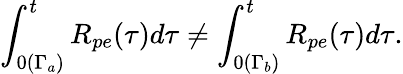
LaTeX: \int_{0(\Gamma_{a})}^{t}R_{pe}(\tau)d\tau\neq\int_{0(\Gamma_{b})}^{t}R_{pe}(\tau)d\tau.